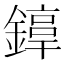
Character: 𨫚